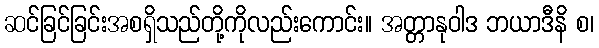
ဆင်ခြင်ခြင်းအစရှိသည်တို့ကိုလည်းကောင်း။ အတ္တာနုဝါဒ ဘယာဒီနိ စ၊